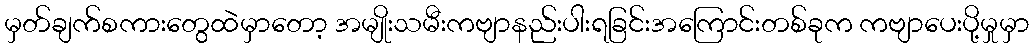
မှတ်ချက်စကားတွေထဲမှာတော့ အမျိုးသမီးကဗျာနည်းပါးရခြင်းအကြောင်းတစ်ခုက ကဗျာပေးပို့မှုမှာ